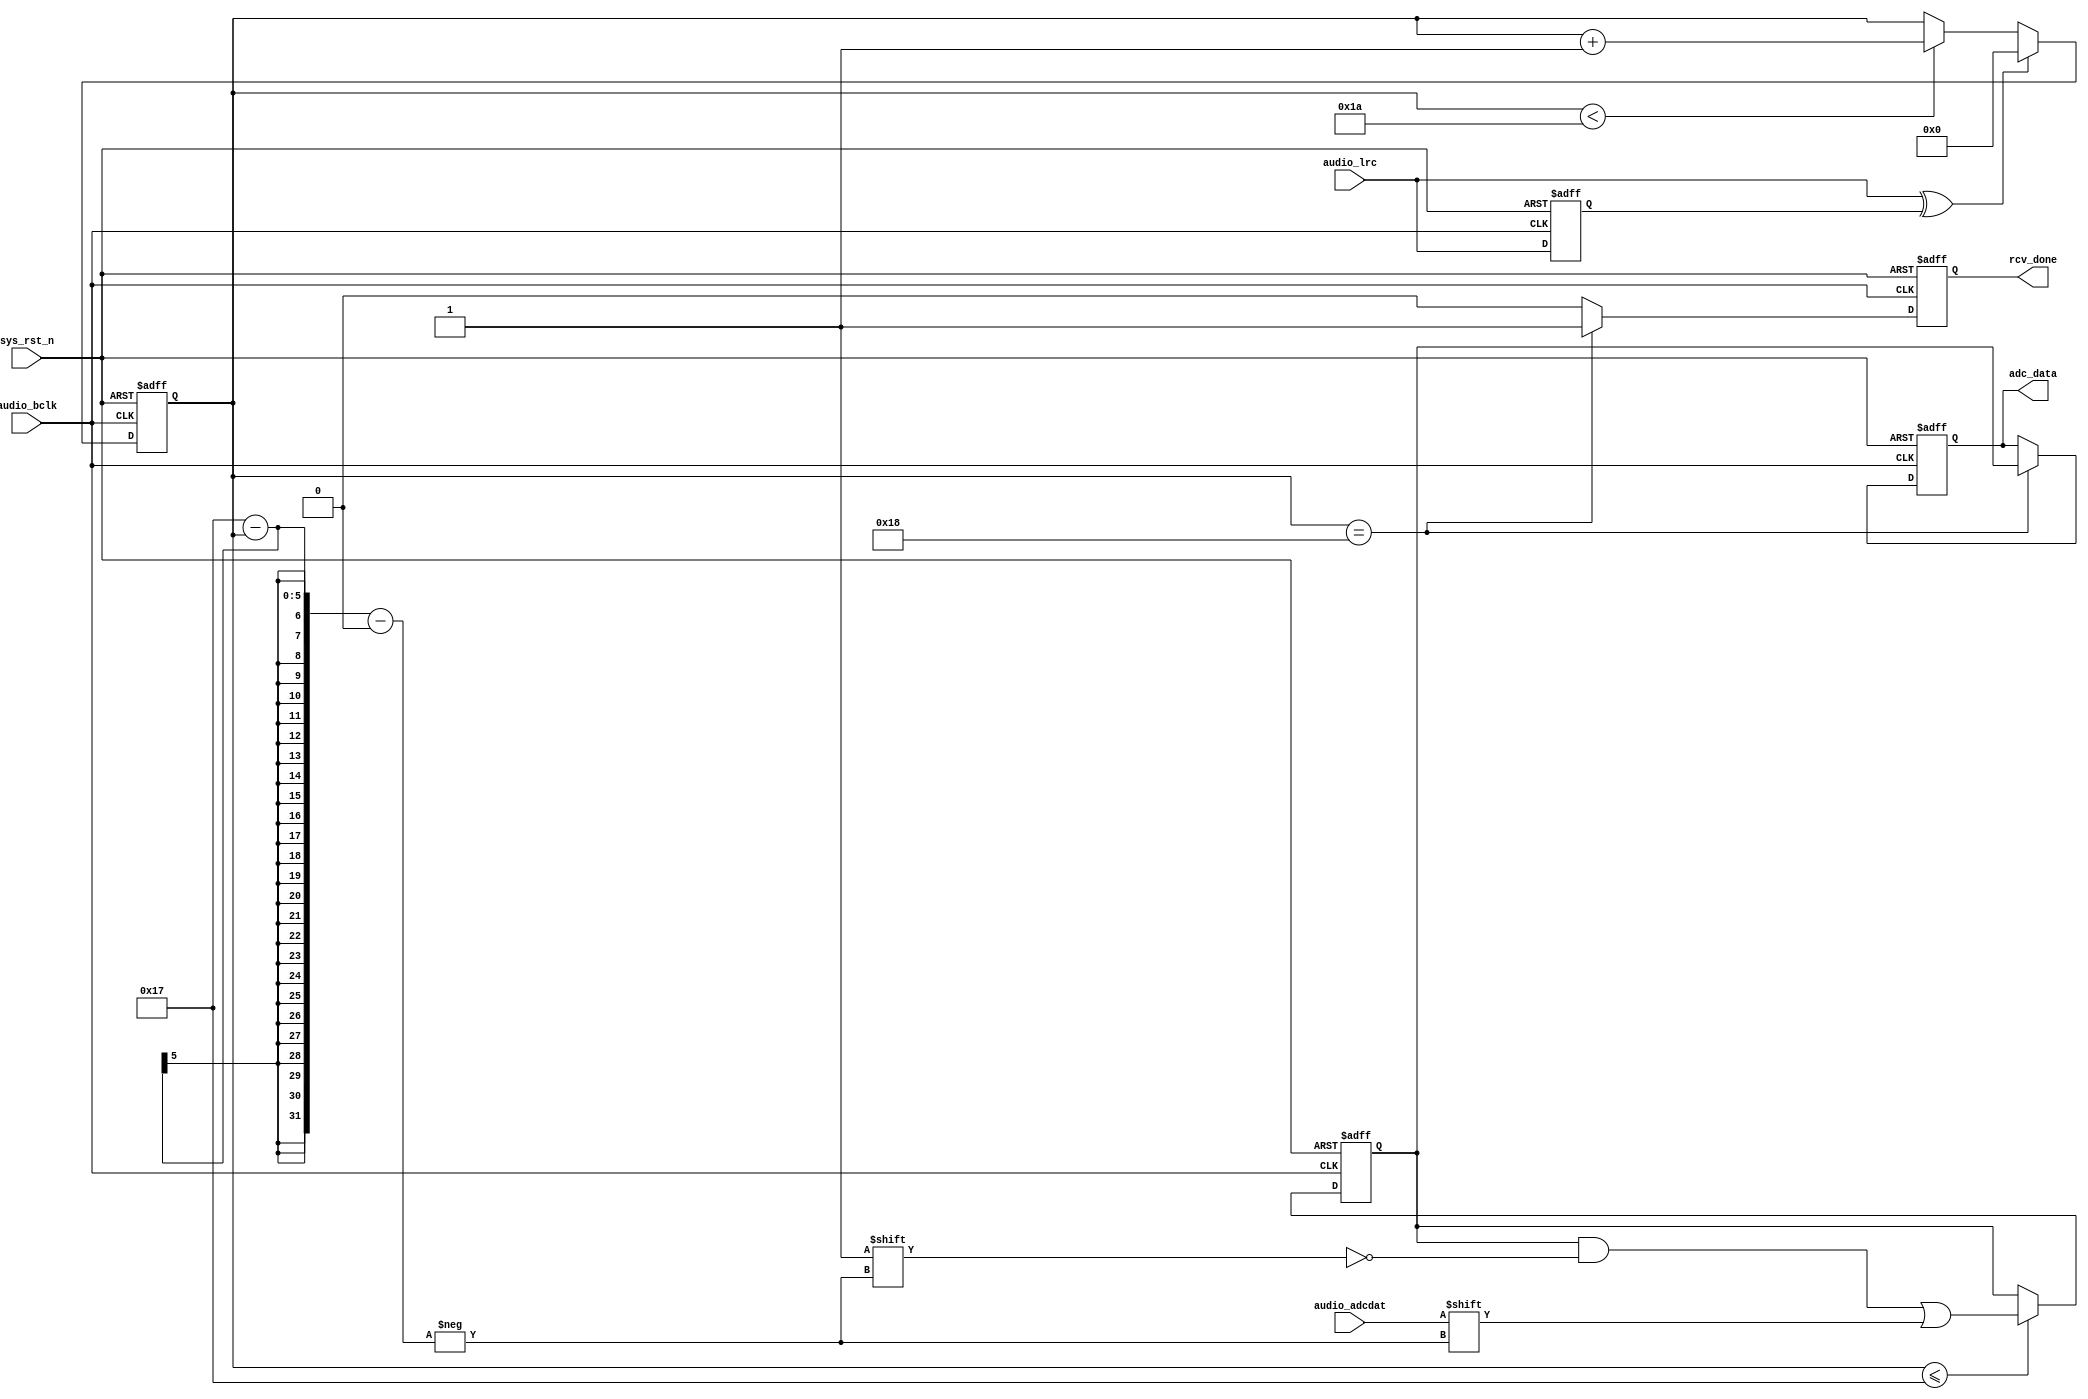
//////////////////////////////////////////////////////////////////////////////////
// Module Name: audio_rcv
// Project Name: audio_loopback
// Target Devices: Altera EP4CE10F17C8N
// Tool Versions: Quartus 13.0
// Description: 
//
// Revision:V1.1
// Additional Comments:
//
// :FPGA
//     :http://www.embedfire.com
//     :http://www.firebbs.cn
//     :https://fire-stm32.taobao.com
//////////////////////////////////////////////////////////////////////////////////

`timescale  1ns/1ns
module  audio_rcv
(
    input   wire        audio_bclk     ,   //WM8978
    input   wire        sys_rst_n      ,   //
    input   wire        audio_lrc      ,   //WM8978/
    input   wire        audio_adcdat   ,   //WM8978ADC

    output  reg [23:0]  adc_data       ,   //
    output  reg         rcv_done           //

);

//********************************************************************//
//****************** Parameter and Internal Signal *******************//
//********************************************************************//

//reg   define
reg             audio_lrc_d1;   //
reg     [4:0]   adcdat_cnt  ;   //WM8978ADC
reg     [23:0]  data_reg    ;   //adc_data

//wire  define
wire            lrc_edge    ;   //

//********************************************************************//
//***************************** Main Code ****************************//
//********************************************************************//

//
assign  lrc_edge    =   audio_lrc   ^   audio_lrc_d1; 

//audio_lrc
always@(posedge audio_bclk  or  negedge sys_rst_n)
    if(sys_rst_n == 1'b0)
        audio_lrc_d1    <=  1'b0;
    else
        audio_lrc_d1    <=  audio_lrc;
        
//adcdat_cnt:
always@(posedge audio_bclk  or  negedge sys_rst_n)
    if(sys_rst_n == 1'b0)
        adcdat_cnt    <=  5'b0;
    else    if(lrc_edge == 1'b1)
        adcdat_cnt    <=  5'b0;
    else    if(adcdat_cnt < 5'd26)
        adcdat_cnt  <=  adcdat_cnt + 1'b1;
    else
        adcdat_cnt  <=  adcdat_cnt;

//WM8978ADCdata_reg24
always@(posedge audio_bclk  or  negedge sys_rst_n)
    if(sys_rst_n == 1'b0)
        data_reg    <=  24'b0;
    else    if(adcdat_cnt <= 5'd23)
        data_reg[23-adcdat_cnt] <=  audio_adcdat;
    else
        data_reg    <=  data_reg;
        
//adc_data
always@(posedge audio_bclk  or  negedge sys_rst_n)
    if(sys_rst_n == 1'b0)
        adc_data    <=  24'b0;
    else    if(adcdat_cnt == 5'd24)
        adc_data    <=  data_reg;
    else
        adc_data    <=  adc_data;
        
//
always@(posedge audio_bclk  or  negedge sys_rst_n)
    if(sys_rst_n == 1'b0)
        rcv_done    <=  1'b0;
    else    if(adcdat_cnt == 5'd24)
        rcv_done    <=  1'b1;
    else
        rcv_done    <=  1'b0;

endmodule